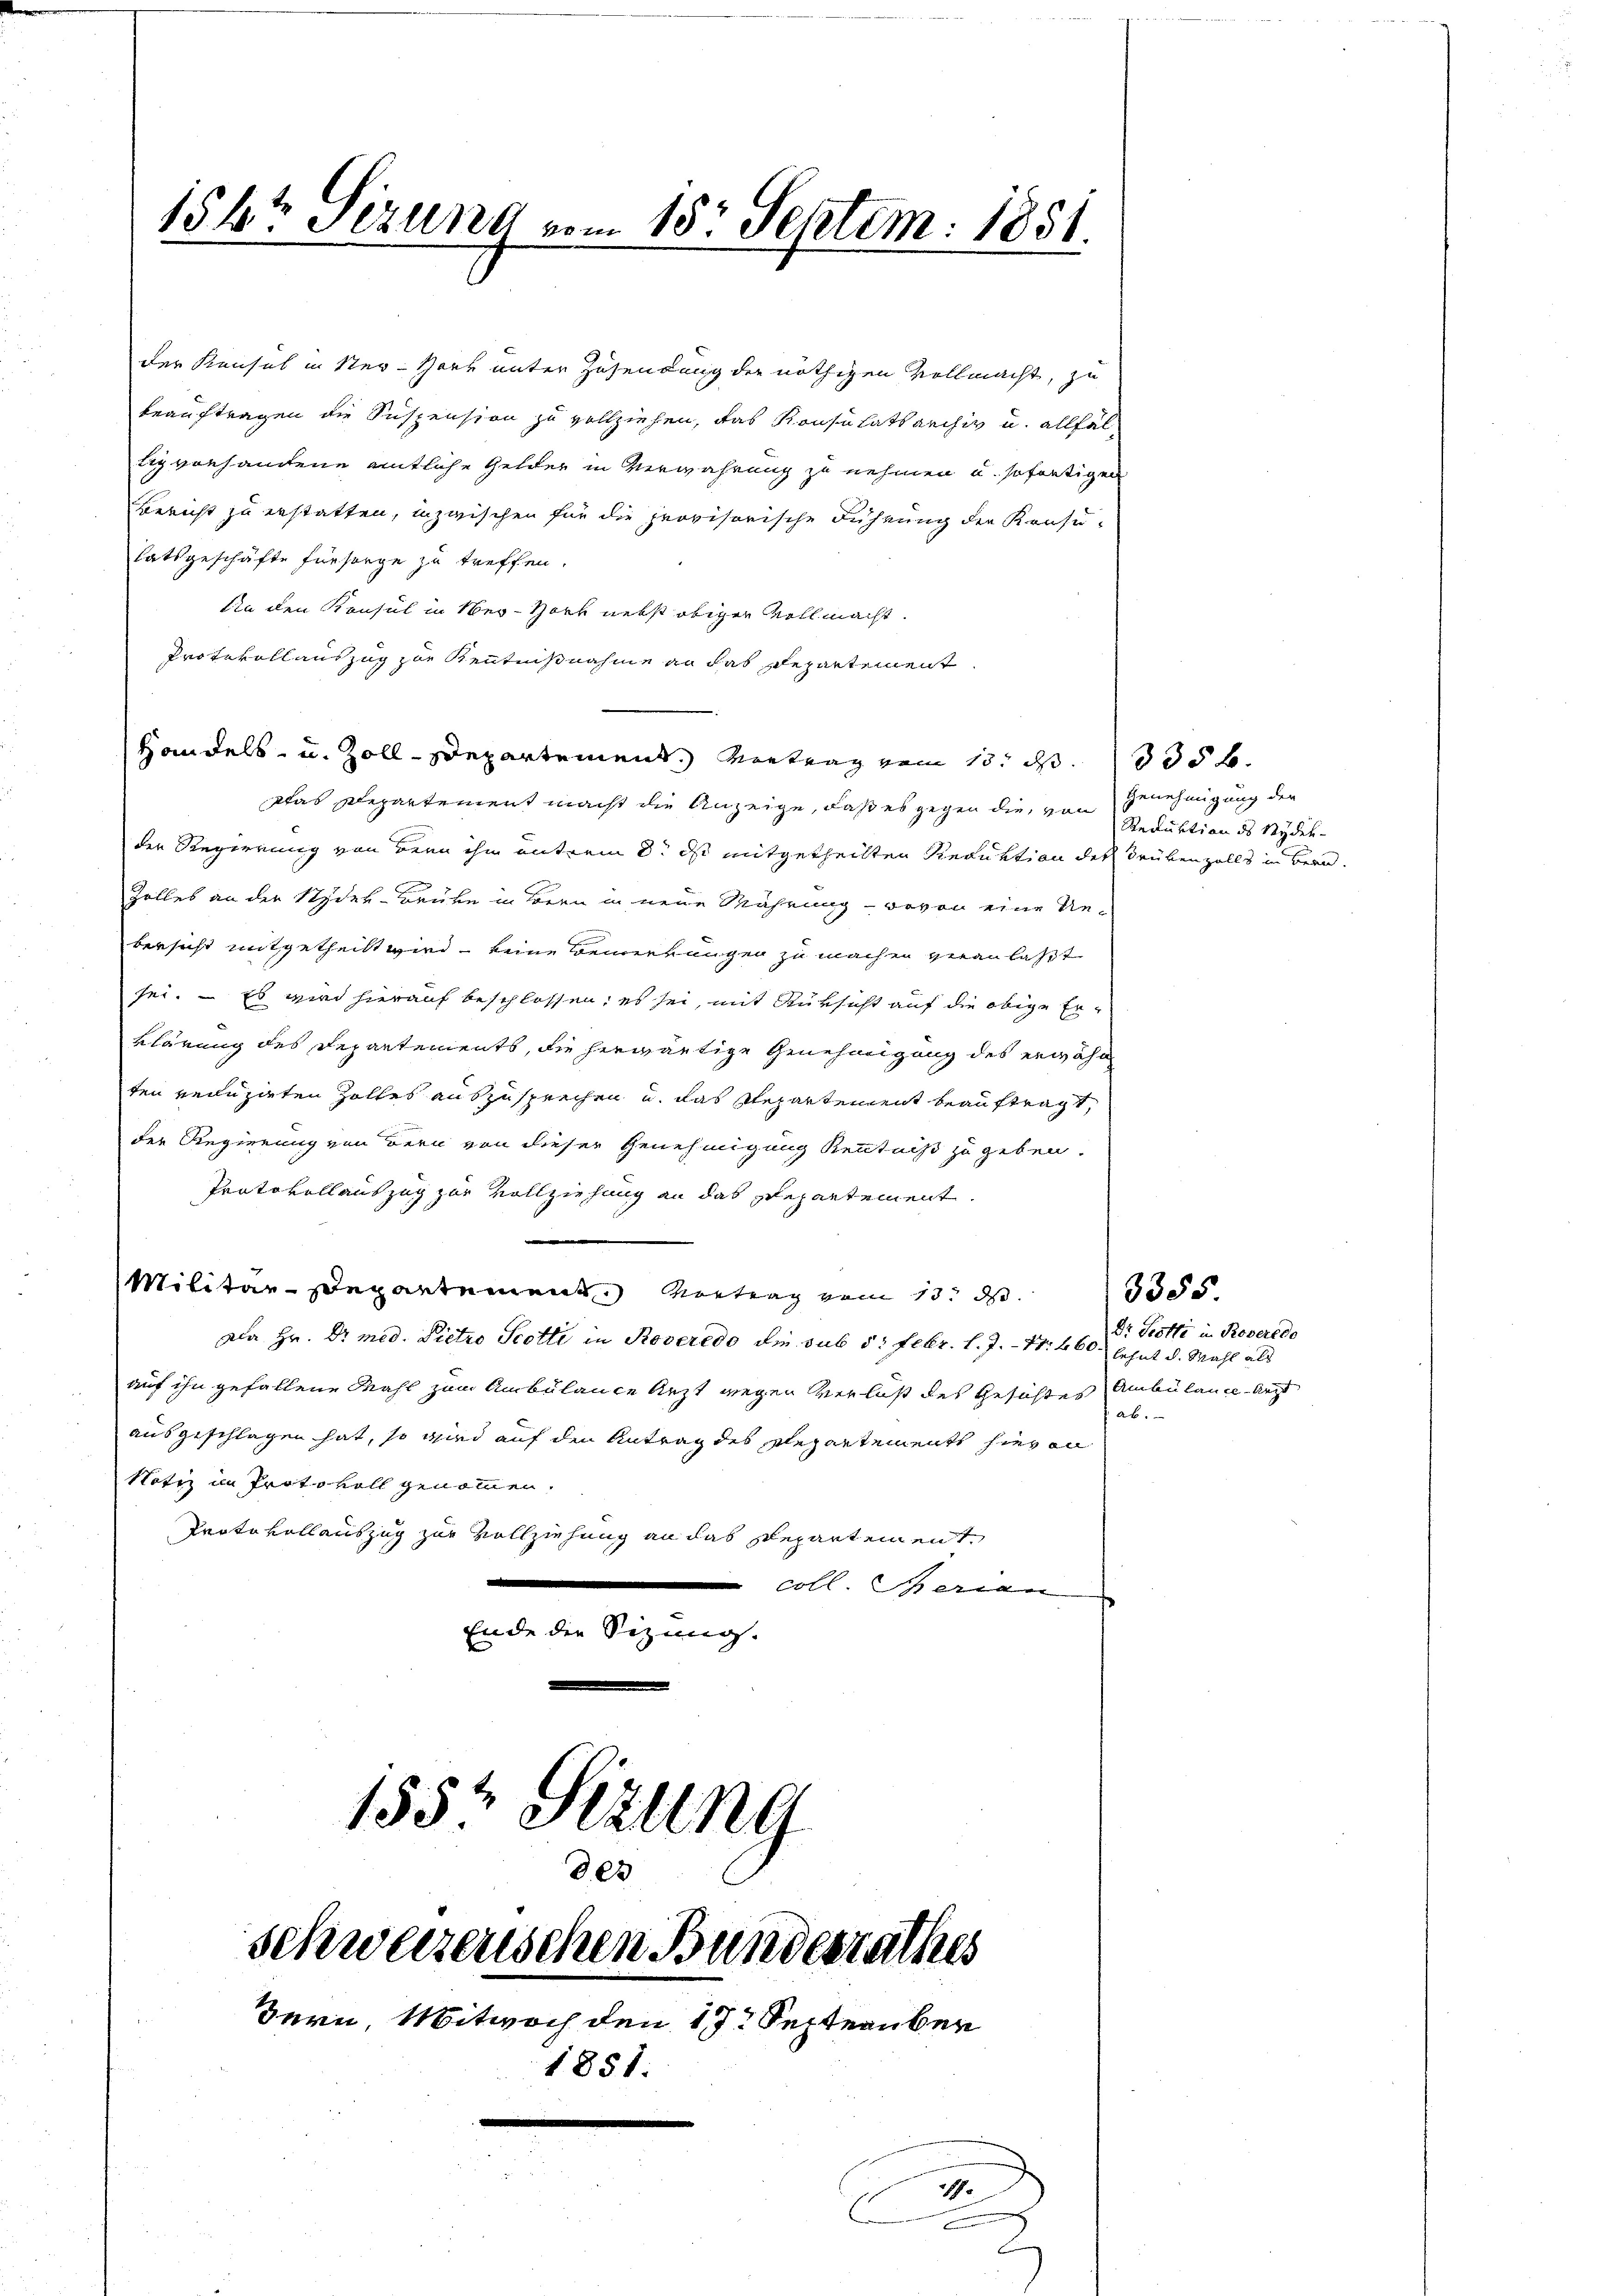
156t Sizung vom 15. Septem: 1881.

der Konsul in Ner-Herr unter Zusendung der nöthigen Vollmacht, zu
beauftragen die Suspension zu vollziehen, das Konsulatsarchiv u. allfällig vorhandene amtliche Gelder in Verwahrung zu nehmen u. sofortigen
Bericht zu erstatten, inzwischen für die provisorische Führung der Konsu-
latsgeschäfte fürsorge zu treffen.
An den Konsul in Ner-Hort nebst obiger Vollmacht.
Protevollauszug zur Kenntnißnahme an das Departement.
Das Departement macht die Anzeige, daß es gegen die von Genehmigung der
der Regierung von der ihm unterm 8. ds mitgetheilten Reduktion der Grübenfalls in Berne
Zolles an der Stydek-Brüke in Bern in neue Währung - wovon eine Ue-
bersicht mitgetheilt wird, keine Bemerkungen zu machen veranlasst
sei. – Es wird hierauf beschlossen, es sei, mit Rüksicht auf die obige Erklärung des Departements, die herwärtige Genehmigung des erwähn
ten veruzirten Zolles auszusprechen u. das Repartement beauftragt,
der Regierung von Bern von dieser Genehmigung Kenntniß zu geben.
Protokollauszug zur Vollziehung an das Departement.
Militär-Departement. Vortrag vom 13. d.
Da Hr. Dr. med. Pietro Scotti in Roveredo die sub 5 Febr. l. J. Nr. 460.
auf ihn gefallene Mahl zum Ambülance Arzt wegen Verlust des Gesichtes Ambülance Arzt
ausgeschlagen hat, so wird auf den Antrag des Elegartement hieron
Notiz in Protokoll genommen.
Protokollauszug zur Vollziehung an das Departement
.
coll Serien
Ende die Sizung.
155 Stzung
803

Handels- u. Zoll-Departement. Vertrag vom 13. d. 335 f.

schweizenschen Bundesrathes
Bern, Mitwoch den 17. September
1851.

1

Reduktion des Seydel

3355.
Dr Scotti in Roveredo
lehnt d. Mahl als
ab.